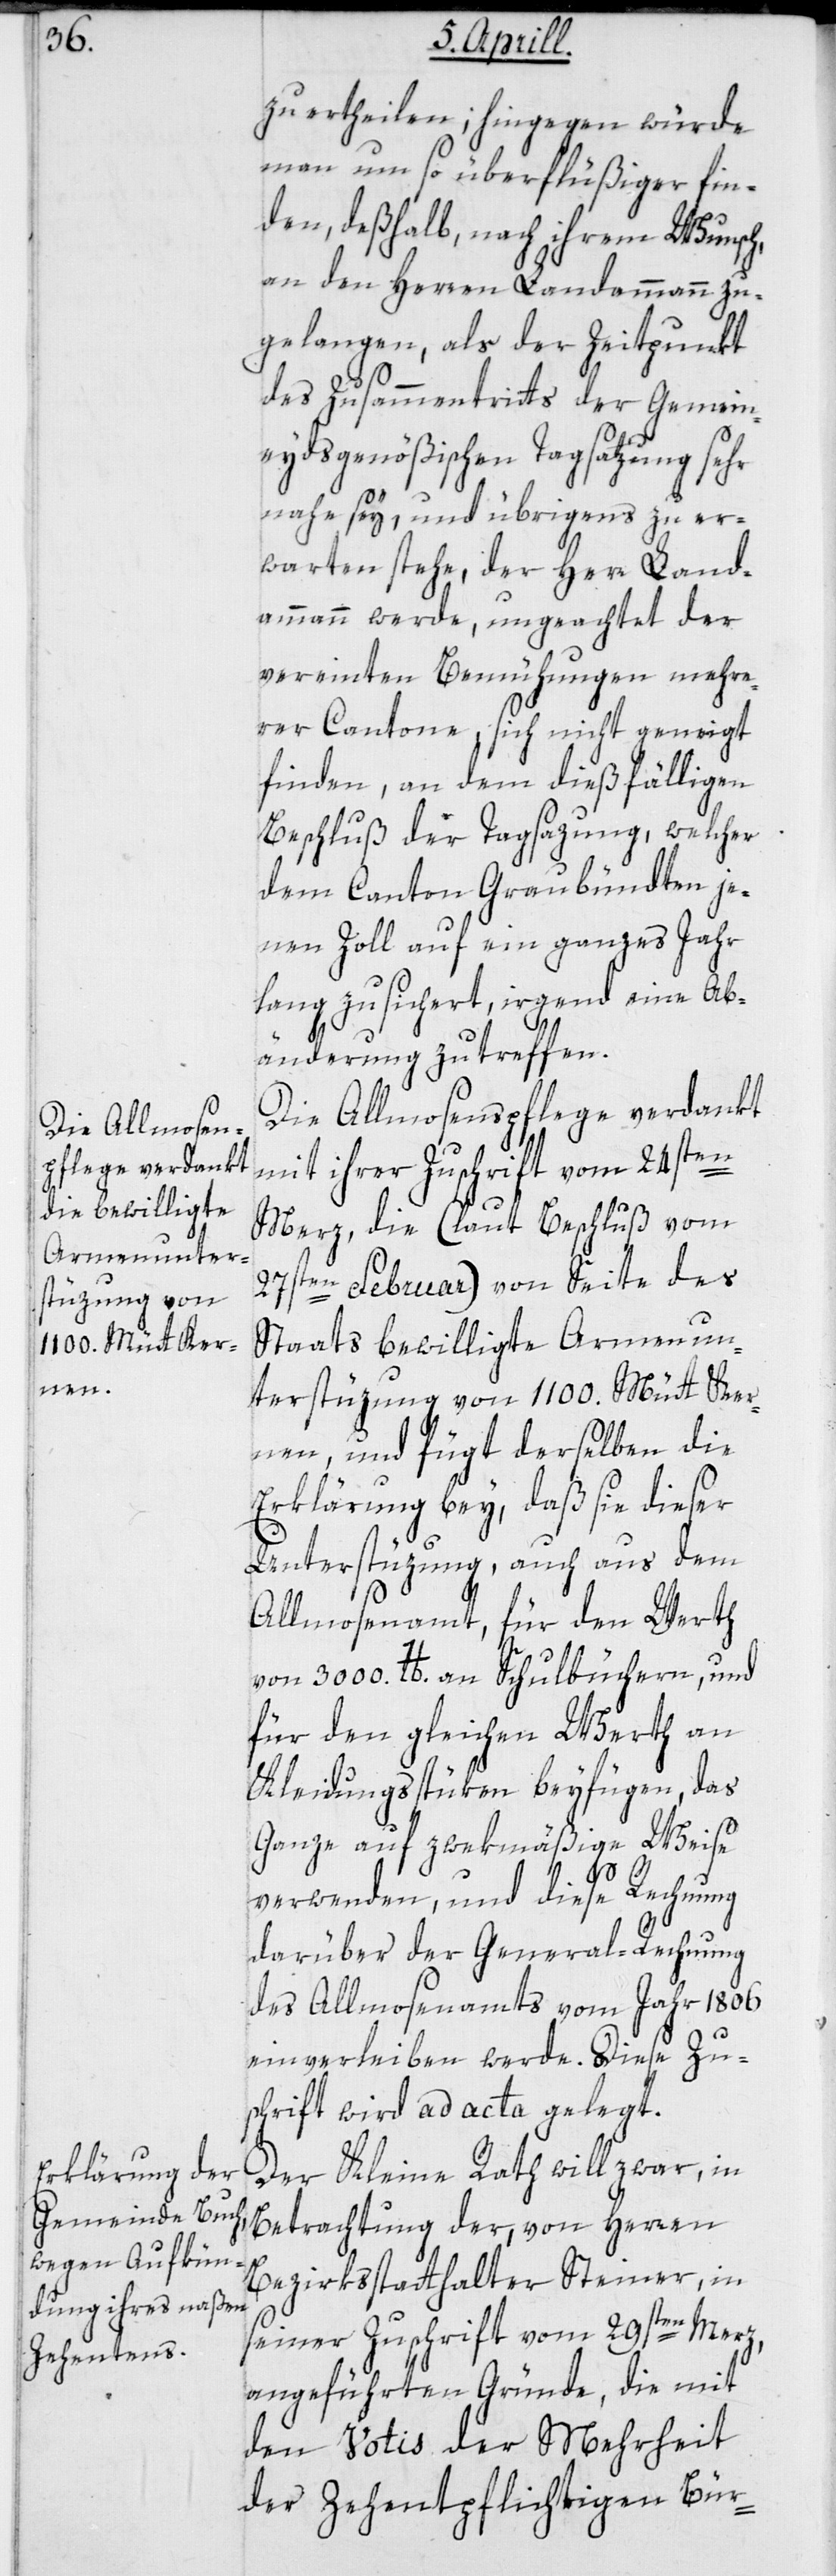
zu ertheilen, hingegen würde
man um so überflüßiger fin¬
den, deßhalb, nach ihrem Wunsch,
an den Herren Landammann zu
gelangen, als der Zeitpunkt
des Zusammentritts der Gemein¬
eydsgenößischen Tagsatzung sehr
nahe sey, und übrigens zu er¬
warten stehe, der Herr Land¬
ammann werde, ungeachtet der
vereinten Bemühungen mehre¬
rer Cantone, sich nicht geneigt
finden, an dem dießfälligen
Beschluß der Tagsazung, welcher
dem Canton Graubündten je¬
nen Zoll auf ein ganzes Jahr
lang zusichert, irgend eine Ab¬
änderung zu treffen.
Die Allmosenpflege verdankt
mit ihrer Zuschrift vom 24sten
Merz, die (laut Beschluß vom
27sten Februar) von Seite des
Staats bewilligte Armenun¬
terstüzung von 1100. Mütt Ker¬
nen, und fügt derselben die
Erklärung bey, daß sie dieser
Unterstüzung, auch aus dem
Allmosenamt, für den Werth
von 3000 lb. an Schulbüchern, und
für den gleichen Werth an
Kleidungsstüken beyfügen, das
Ganze auf zwekmäßige Weise
verwenden, und diese Rechnung
darüber der General-Rechnung
des Allmosenamts vom Jahr 1806
einverleiben werde. Diese Zu¬
schrift wird ad acta gelegt.
Der Kleine Rath will zwar, in
Betrachtung der, von Herren
Bezirksstatthalter Steiner, in
seiner Zuschrift vom 29sten Merz
angeführten Gründe, die mit
den Votis der Mehrheit
der zehentpflichtigen Bür-